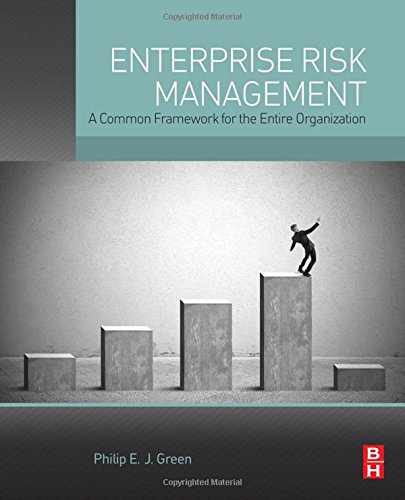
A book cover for Enterprise Risk Management: A Common Framework for the Entire Organization; Philip E. J. Green; Business & Money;